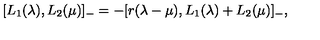
[ L \sb 1 ( \lambda ) , L \sb 2 ( \mu ) ] \sb - = - [ r ( \lambda - \mu ) , L \sb 1 ( \lambda ) + L \sb 2 ( \mu ) ] \sb - ,